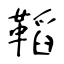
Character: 鞱